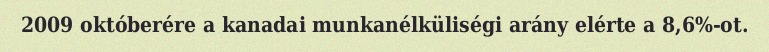
2009 októberére a kanadai munkanélküliségi arány elérte a 8,6%-ot.